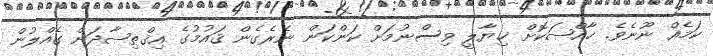
ކަމެއް ނޫނެވެ. ޚާއްޞަކޮށް ޚިޔާލީ ވިސްނުމަށް ކަންކަން ނެރެގެން ޤައުމުގެ އިޤްޠިޞާދަށް ގެއްލުން